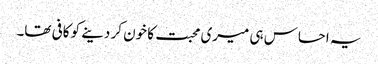
یہ احساس ہی میری محبت کا خون کر دینے کو کافی تھا۔